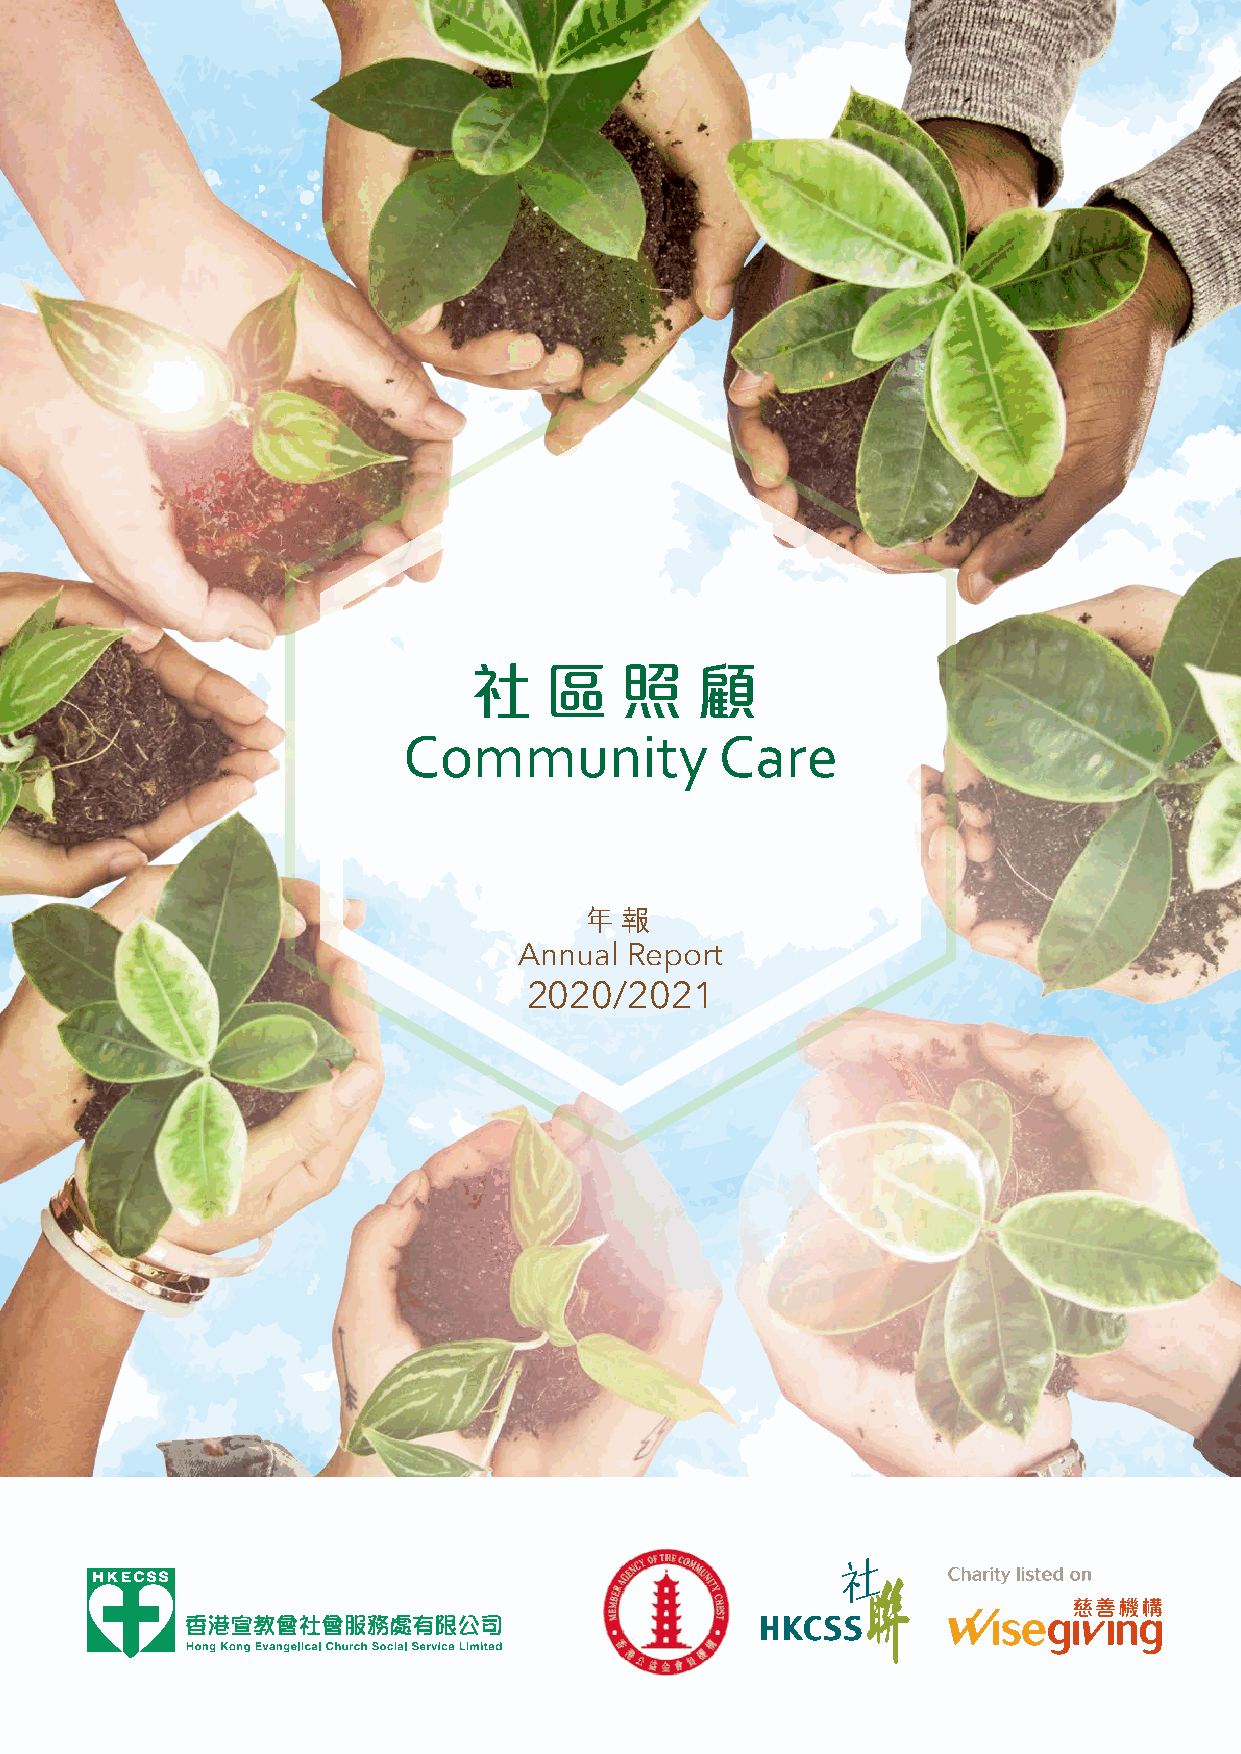
社    區    照    顧
 Community            Care
 年報
 Annual Report
 2020/2021